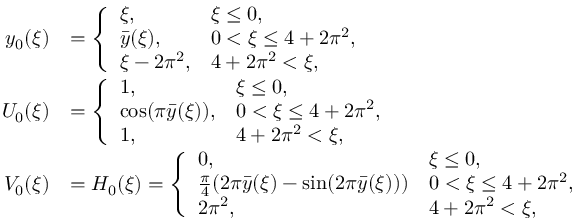
\begin{array} { r l } { y _ { 0 } ( \xi ) } & { = \left\{ \begin{array} { l l } { \xi , } & { \xi \leq 0 , } \\ { \bar { y } ( \xi ) , } & { 0 < \xi \leq 4 + 2 \pi ^ { 2 } , } \\ { \xi - 2 \pi ^ { 2 } , } & { 4 + 2 \pi ^ { 2 } < \xi , } \end{array} \right. } \\ { U _ { 0 } ( \xi ) } & { = \left\{ \begin{array} { l l } { 1 , } & { \xi \leq 0 , } \\ { \cos ( \pi \bar { y } ( \xi ) ) , } & { 0 < \xi \leq 4 + 2 \pi ^ { 2 } , } \\ { 1 , } & { 4 + 2 \pi ^ { 2 } < \xi , } \end{array} \right. } \\ { V _ { 0 } ( \xi ) } & { = H _ { 0 } ( \xi ) = \left\{ \begin{array} { l l } { 0 , } & { \xi \leq 0 , } \\ { \frac { \pi } { 4 } ( 2 \pi \bar { y } ( \xi ) - \sin ( 2 \pi \bar { y } ( \xi ) ) ) } & { 0 < \xi \leq 4 + 2 \pi ^ { 2 } , } \\ { 2 \pi ^ { 2 } , } & { 4 + 2 \pi ^ { 2 } < \xi , } \end{array} \right. } \end{array}